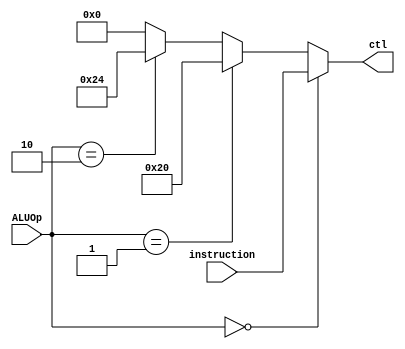
`timescale 1ns / 1ps
//////////////////////////////////////////////////////////////////////////////////
// Company: 
// Engineer: 
// 
// Design Name: 
// Module Name: ALU_ctl
// Project Name: 
// Target Devices: 
// Tool Versions: 
// Description: 
// 
// Dependencies: 
// 
// Revision:
// Revision 0.01 - File Created
// Additional Comments:
// 
//////////////////////////////////////////////////////////////////////////////////
`define ADD 6'b100000
`define SUB 6'b100010
`define AND 6'b100100
`define OR  6'b100101
`define XOR 6'b100110
`define NOR 6'b100111

module ALU_ctl(instruction, ALUOp, ctl);
    input [5:0] instruction;
    input [2:0] ALUOp;
    output [5:0]ctl;
    
    assign ctl = (ALUOp== 3'b000) ? instruction: 
                 (ALUOp== 3'b001) ?        `ADD:
                 (ALUOp== 3'b010) ?        `AND:
                  5'b0;

endmodule